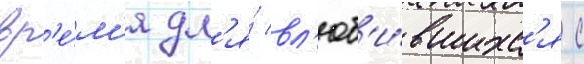
вр'е́м'я дл'я́ вл'юб'и́вшихс'я с